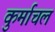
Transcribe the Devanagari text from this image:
कुर्माचल